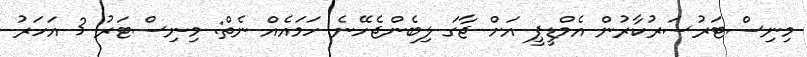
މިނިސްޓަރުސަރުކާރުން އެމްޑީޕީ އަށް ޖާގަ ލިބެންޖެހޭނެ ހަމައެއް ނެތް: މިނިސްޓަރު 3 އަހަރު